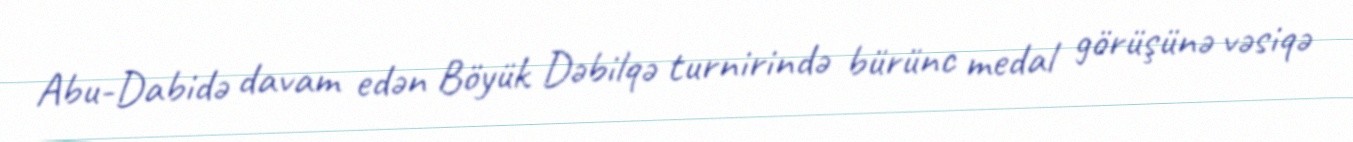
Abu-Dabidə davam edən Böyük Dəbilqə turnirində bürünc medal görüşünə vəsiqə